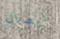
ايصال